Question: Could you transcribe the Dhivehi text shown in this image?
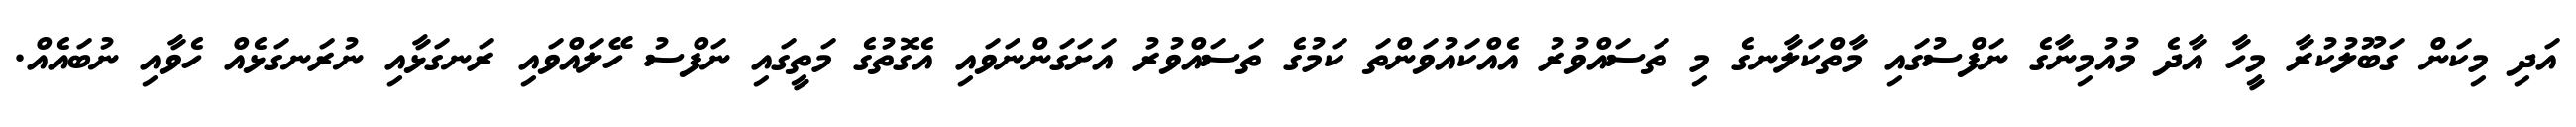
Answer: އަދި މިކަން ގަބޫލުކުރާ މީހާ އާދެ މުއުމިނާގެ ނަފްސުގައި މާތްކަލާނގެ މި ތަސައްވުރު އެއްކައުވަންތަ ކަމުގެ ތަސައްވުރު އަށަގަންނަވައި އެގޮތުގެ މަތީގައި ނަފްސު ހޭލައްވައި ރަނގަޅާއި ނުރަނގަޅެއް ހެވާއި ނުބައެއް.